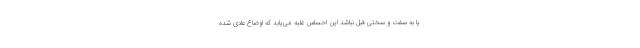
یا به سفت و سختی قبل نباشد این احساس غلبه می‌یابد که اوضاع عادی شده